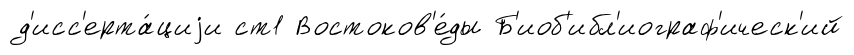
д'исс'ерта́циjи ст1 Востоков'е́ды Б'иоб'ибл'иограф'ическ'ий